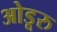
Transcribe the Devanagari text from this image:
ओडूरु